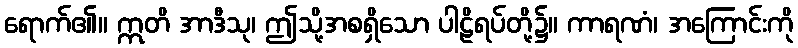
ရောက်၏။ ဣတိ အာဒီသု၊ ဤသို့အစရှိသော ပါဠိရပ်တို့၌။ ကာရဏံ၊ အကြောင်းကို